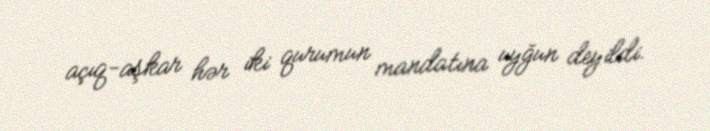
açıq-aşkar hər iki qurumun mandatına uyğun deyildi.